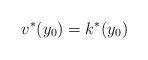
LaTeX: \begin{align*}v^*(y_0)=k^*(y_0)\end{align*}